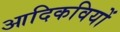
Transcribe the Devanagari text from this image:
आदिकवियों